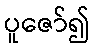
ပူဇော်၍